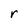
Character: r